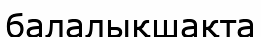
балалықшақта